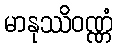
မာနုဿိဝဏ္ဏံ